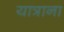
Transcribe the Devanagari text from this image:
यात्राना